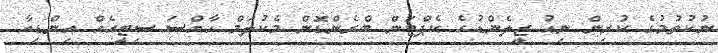
ނުކުތުމުގެ ކުރިން ނިއު ޒީލެންޑުގެ ކެޕްޓަން ބްރެންޑޮން މެކުލަމް ހާއްސަ ސިޓީއެއް އިންޑިއާ